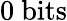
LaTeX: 0~\mathrm{bits}